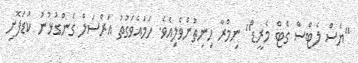
"ޔެސް ލެޓްސް ގެޓް މެރީޑް" ނިމްރާ ހިނިތުންވެލިއެވެ. ހަމައެވަގުތު އަރްސަލް ގެންގުޅުނު ކުޑަފޮށި